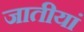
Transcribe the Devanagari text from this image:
जातीयां